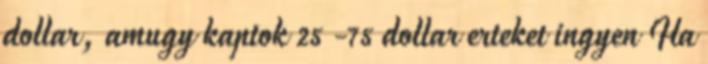
dollar, amugy kaptok 25 -75 dollar erteket ingyen Ha